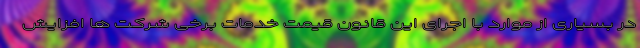
در بسیاری از موارد با اجرای این قانون قیمت خدمات برخی شرکت ها افزایش